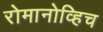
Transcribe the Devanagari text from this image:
रोमानोव्हिच